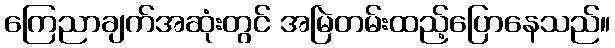
ကြေညာချက်အဆုံးတွင် အမြဲတမ်းထည့်ပြောနေသည်။